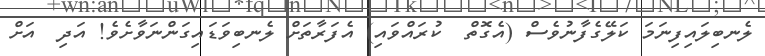
ލެނބިލައިފިނަމަ ކަލޭގެފާނުވެސް (އެގޮތް  ކުރައްވައި) އެފަރާތަށް ލެނބިވަޑައިގަންނަވާށެވެ! އަދި  އަށް